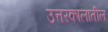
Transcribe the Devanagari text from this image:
उत्तरकालातील